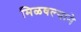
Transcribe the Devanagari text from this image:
मिळवल्याने